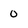
Character: 0